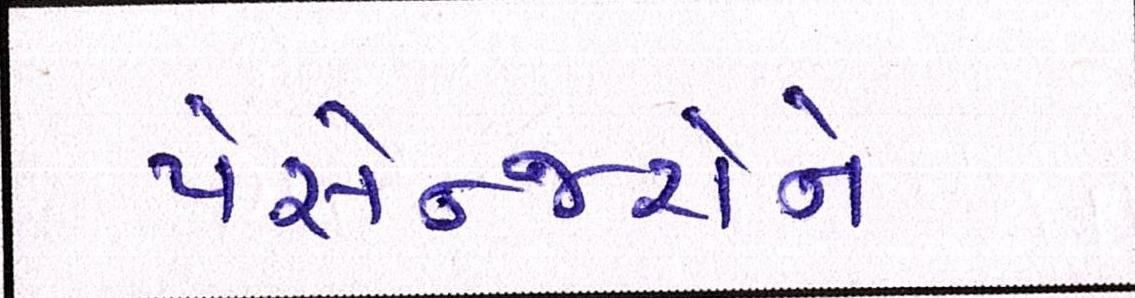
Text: પેસેન્જરોને